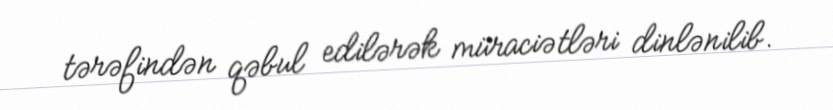
tərəfindən qəbul edilərək müraciətləri dinlənilib.